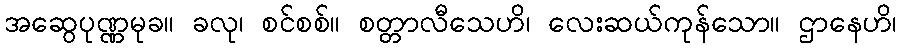
အဆွေပုဏ္ဏမုခ။ ခလု၊ စင်စစ်။ စတ္တာလီသေဟိ၊ လေးဆယ်ကုန်သော။ ဌာနေဟိ၊